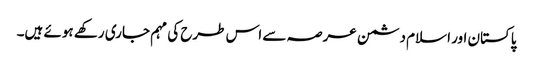
پاکستان اور اسلام دشمن عرصہ سے اس طرح کی مہم جاری رکھے ہوئے ہیں۔